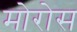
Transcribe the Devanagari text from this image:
मोरोस